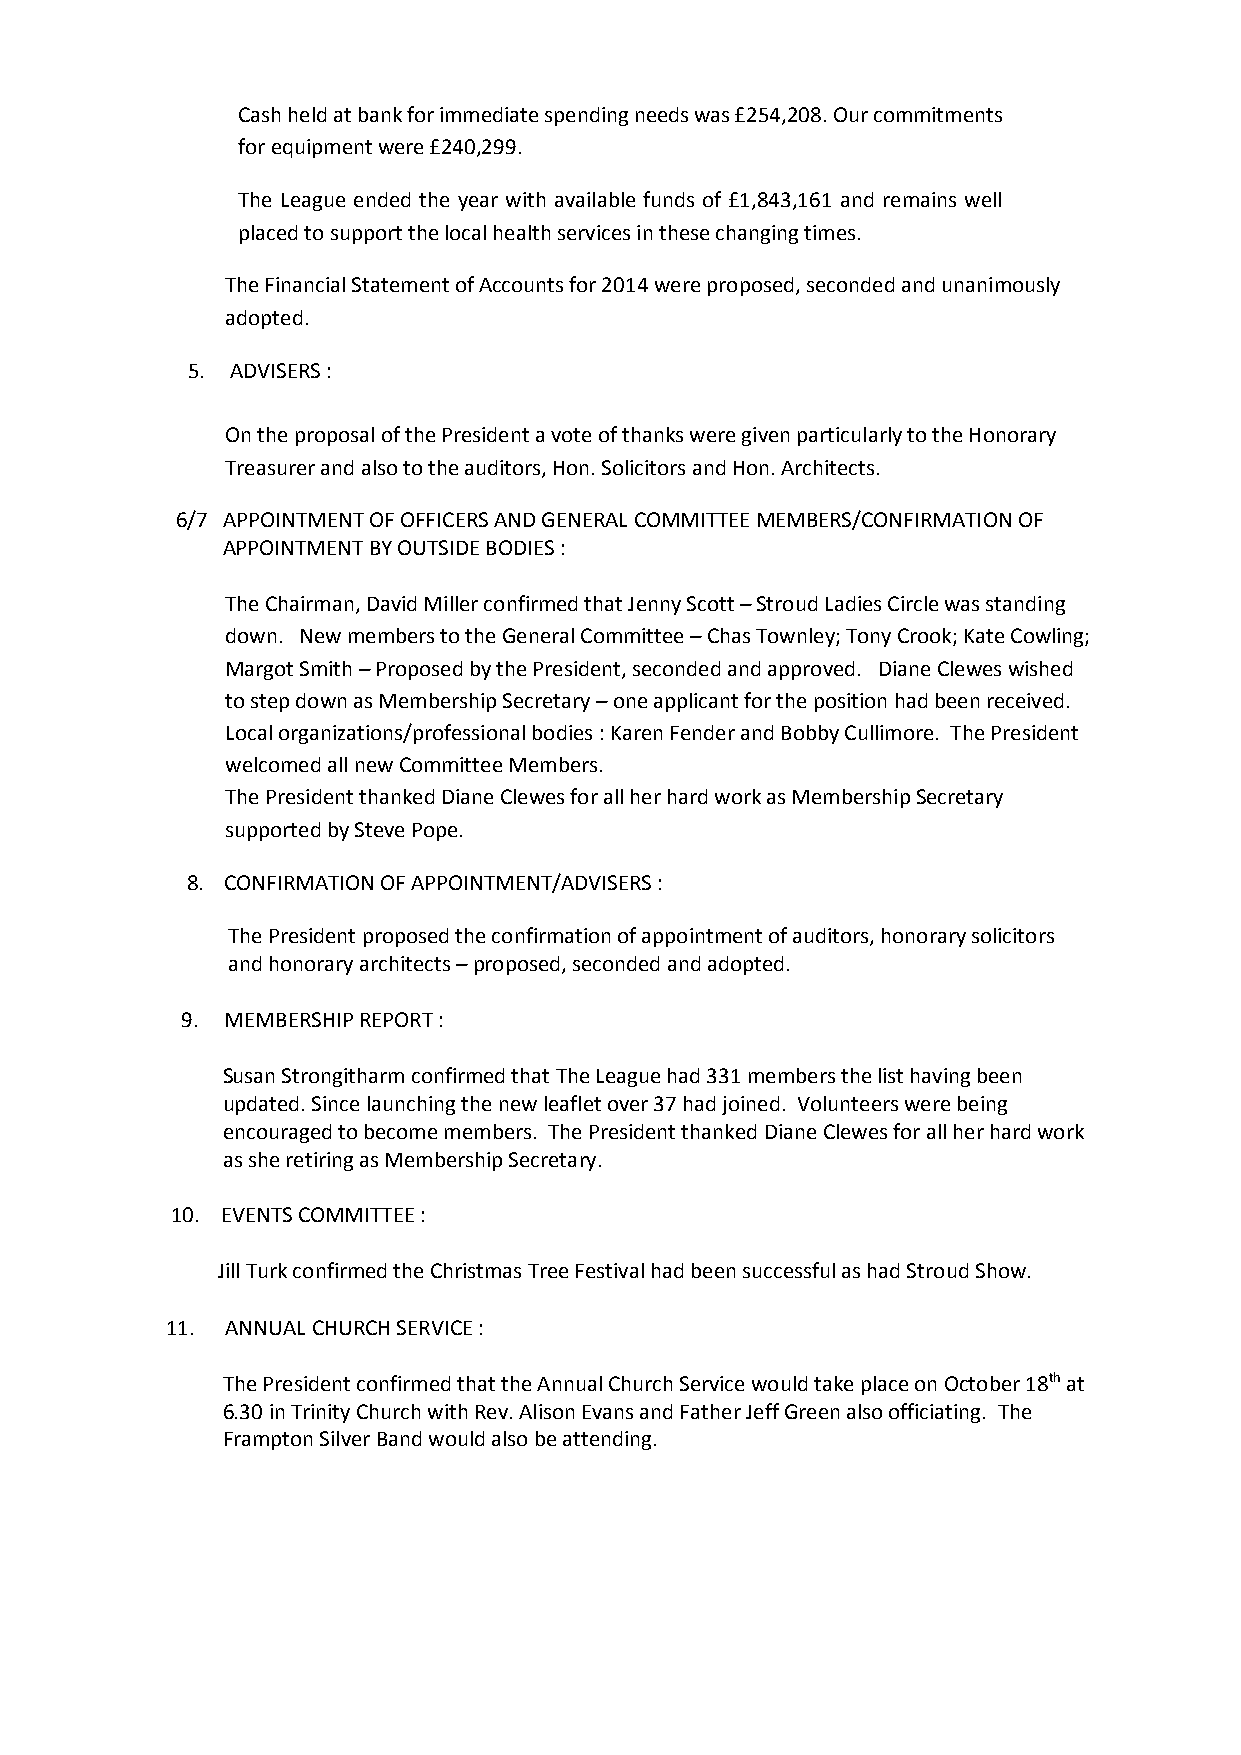
Cash held at bank for immediate spending needs was £254,208. Our commitments
 for equipment were £240,299.
 The League ended the year with available funds of £1,843,161 and remains well
 placed to support the local health services in these changing times.
 The Financial Statement of Accounts for 2014 were proposed, seconded and unanimously
 adopted.
 5. ADVISERS :
 On the proposal of the President a vote of thanks were given particularly to the Honorary
 Treasurer and also to the auditors, Hon. Solicitors and Hon. Architects.
 6/7 APPOINTMENT OF OFFICERS AND GENERAL COMMITTEE MEMBERS/CONFIRMATION OF
 APPOINTMENT BY OUTSIDE BODIES :
 The Chairman, David Miller confirmed that Jenny Scott–Stroud Ladies Circle was standing
 down. New members to the General Committee–Chas Townley; Tony Crook; Kate Cowling;
 Margot Smith–Proposed by the President, seconded and approved. Diane Clewes wished
 to step down as Membership Secretary–one applicant for the position had been received.
 Local organizations/professional bodies : Karen Fender and Bobby Cullimore. The President
 welcomedall new Committee Members.
 The President thanked Diane Clewes for all her hard work as Membership Secretary
 supported by Steve Pope.
 8. CONFIRMATION OF APPOINTMENT/ADVISERS :
 The President proposed the confirmation of appointment of auditors, honorary solicitors
 and honorary architects–proposed, seconded and adopted.
 9. MEMBERSHIP REPORT :
 Susan Strongitharm confirmed that The League had 331 members the list having been
 updated. Since launching the new leaflet over 37 had joined. Volunteers were being
 encouraged to become members. The President thanked Diane Clewes for all her hard work
 as she retiring as Membership Secretary.
 10. EVENTS COMMITTEE :
 Jill Turk confirmed the Christmas Tree Festival had been successful as had Stroud Show.
 11. ANNUAL CHURCH SERVICE :
 The President confirmed that the Annual Church Service would take place on October 18that
 6.30 in Trinity Church with Rev. Alison Evans and Father Jeff Green also officiating. The
 Frampton Silver Band would also be attending.